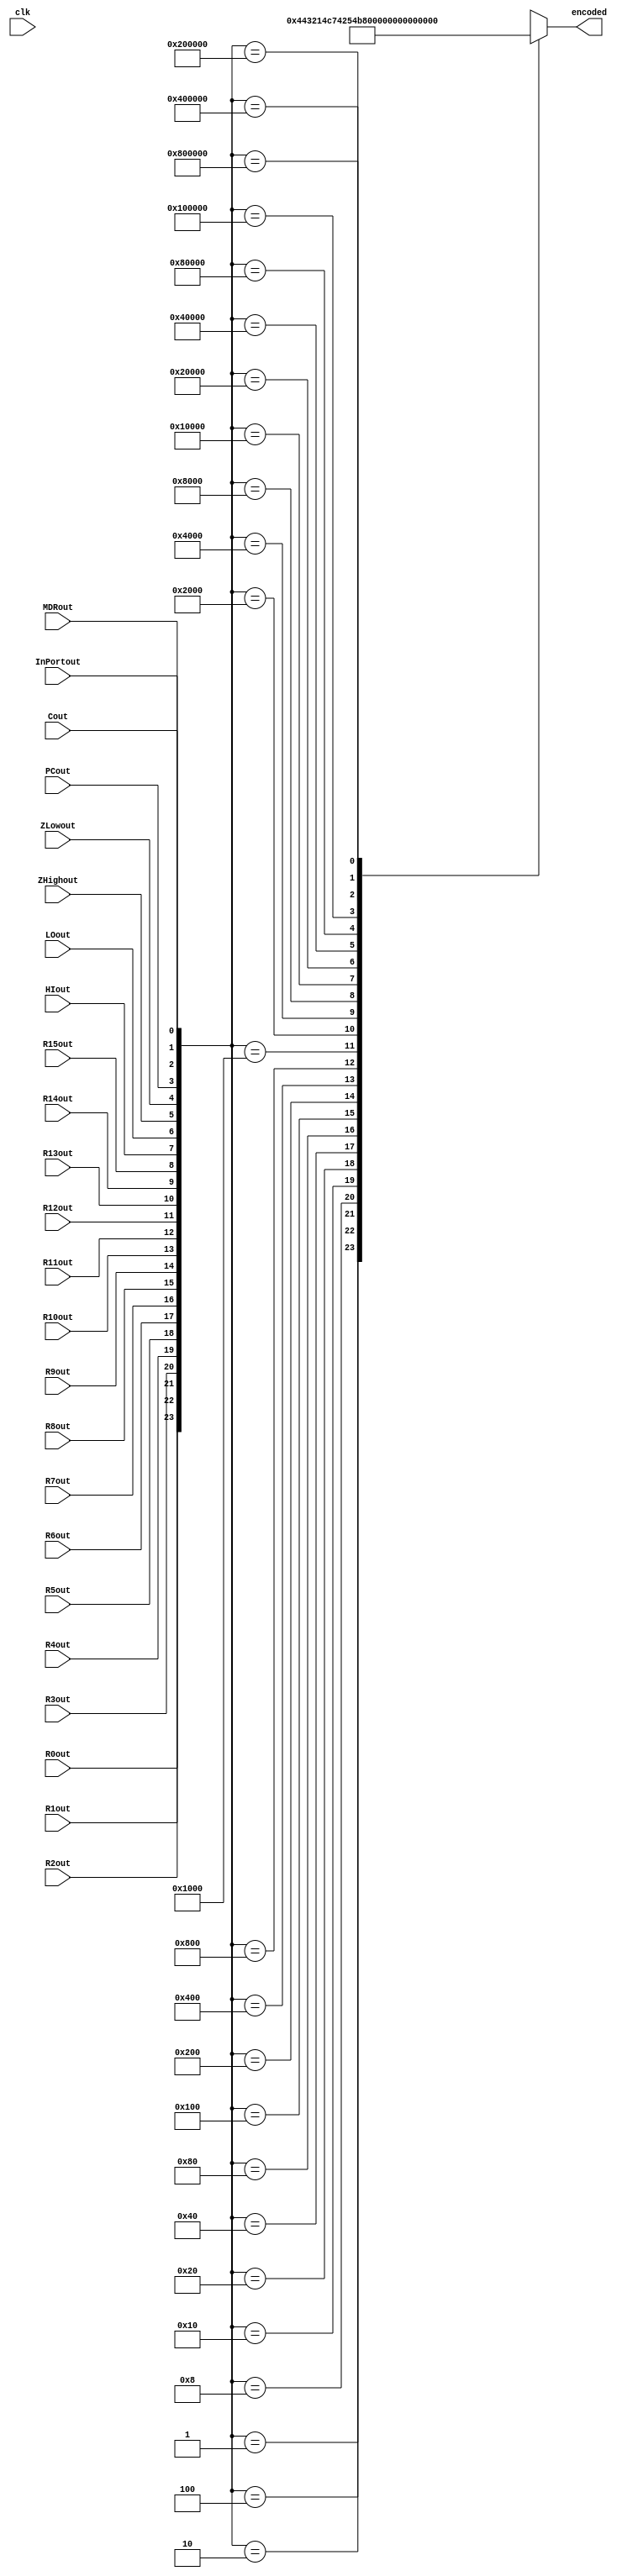
module bus_enc(
	input R0out, R1out, R2out, R3out, R4out, R5out, R6out, R7out, R8out, R9out, R10out, R11out, R12out, R13out, R14out, R15out, HIout,
							LOout, ZHighout, ZLowout, PCout, MDRout, InPortout, Cout,
	output reg[4:0] encoded,
	input clk
	);
	
	wire[31:0] outCombined;
	
	assign outCombined = {R0out, R1out, R2out, R3out, R4out, R5out, R6out, R7out, R8out, R9out, R10out, R11out, R12out, R13out, R14out, R15out, HIout,
							LOout, ZHighout, ZLowout, PCout, MDRout, InPortout, Cout};
	
	
	always @ (outCombined, clk)
		case (outCombined)
			32'b00000000000000000000000000000001	:	encoded<=0;
			32'b00000000000000000000000000000010	:	encoded<=1;
			32'b00000000000000000000000000000100	:	encoded<=2;
			32'b00000000000000000000000000001000	:	encoded<=3;
			32'b00000000000000000000000000010000	:	encoded<=4;
			32'b00000000000000000000000000100000	:	encoded<=5;
			32'b00000000000000000000000001000000	:	encoded<=6;
			32'b00000000000000000000000010000000	:	encoded<=7;
			32'b00000000000000000000000100000000	:	encoded<=8;
			32'b00000000000000000000001000000000	:	encoded<=9;
			32'b00000000000000000000010000000000	:	encoded<=10;
			32'b00000000000000000000100000000000	:	encoded<=11;
			32'b00000000000000000001000000000000	:	encoded<=12;
			32'b00000000000000000010000000000000	:	encoded<=13;
			32'b00000000000000000100000000000000	:	encoded<=14;
			32'b00000000000000001000000000000000	:	encoded<=15;
			32'b00000000000000010000000000000000	:	encoded<=16;
			32'b00000000000000100000000000000000	:	encoded<=17;
			32'b00000000000001000000000000000000	:	encoded<=18;
			32'b00000000000010000000000000000000	:	encoded<=19;
			32'b00000000000100000000000000000000	:	encoded<=20;
			32'b00000000001000000000000000000000	:	encoded<=21;
			32'b00000000010000000000000000000000	:	encoded<=22;
			32'b00000000100000000000000000000000	:	encoded<=23;
			default											:	encoded<=5'bx;
		endcase		
		
endmodule